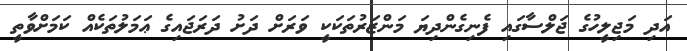
އަދި މަޖިލީހުގެ ޖަލްސާގައި ފެނިގެންދިޔަ މަންޒަރުތަކަކީ ވަރަށް ދަށު ދަރަޖައިގެ ޢަމަލުތަކެއް ކަމަށްވާތީ